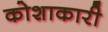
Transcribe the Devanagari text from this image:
कोशाकारी